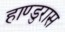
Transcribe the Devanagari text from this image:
हाण्डुरास